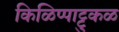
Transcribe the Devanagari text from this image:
किळिप्पाट्टुकळ